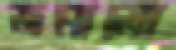
জমালো